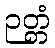
ဉတ္တံ